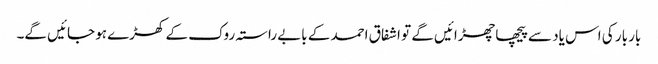
بار بار کی اس یاد سے پیچھا چھڑائیں گے تو اشفاق احمد کے بابے راستہ روک کے کھڑے ہو جائیں گے۔